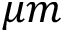
\mu m